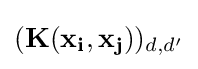
(\mathbf {K} (\mathbf {x_{i}} ,\mathbf {x_{j}} ))_{d,d'}